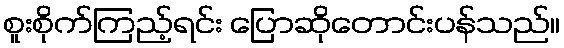
စူးစိုက်ကြည့်ရင်း ပြောဆိုတောင်းပန်သည်။